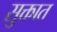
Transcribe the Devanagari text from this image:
सुक्तात